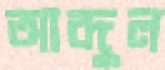
আব্দুল